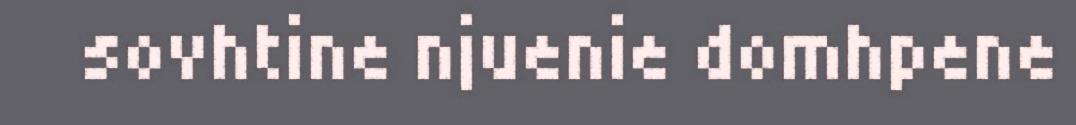
sovhtine njuenie domhpene